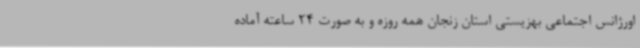
اورژانس اجتماعی بهزیستی استان زنجان همه روزه و به‌ صورت 24 ساعته آماده